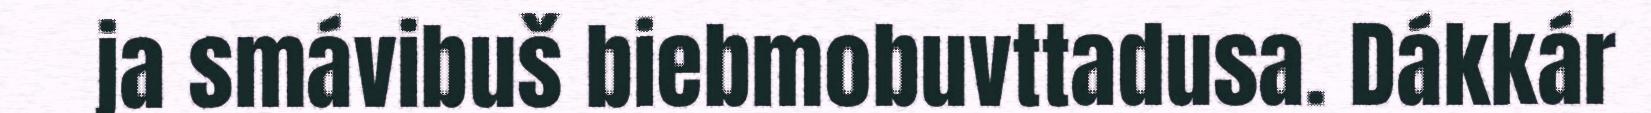
ja smávibuš biebmobuvttadusa. Dákkár